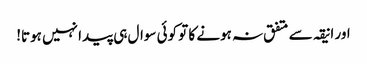
اور انیقہ سے متفق نہ ہونے کا تو کوئی سوال ہی پیدا نہیں ہوتا!